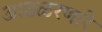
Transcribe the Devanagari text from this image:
आढळरणारे